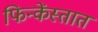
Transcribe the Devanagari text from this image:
फिन्केंस्तात